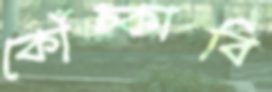
কোঁচ্‌কাবি